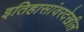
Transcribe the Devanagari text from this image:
इतिहासांवरदेखील